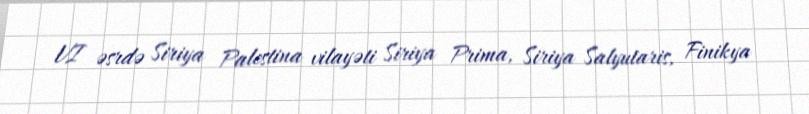
VI əsrdə Siriya Palestina vilayəti Siriya Prima, Siriya Salyutaris, Finikya